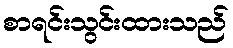
စာရင်းသွင်းထားသည်